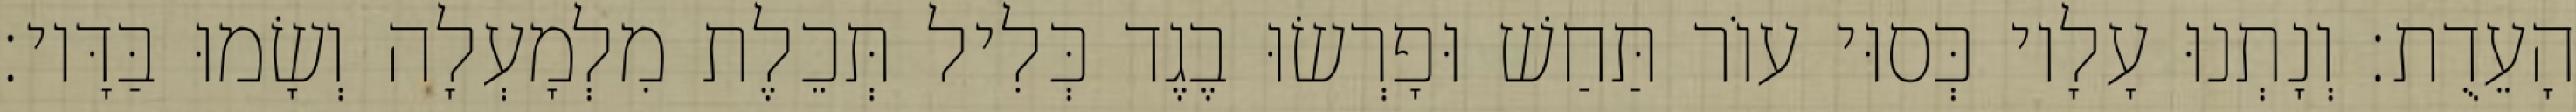
הָעֵדֻת׃ וְנָתְנוּ עָלָיו כְּסוּי עוֹר תַּחַשׁ וּפָרְשׂוּ בֶגֶד כְּלִיל תְּכֵלֶת מִלְמָעְלָה וְשָׂמוּ בַּדָּיו׃